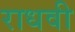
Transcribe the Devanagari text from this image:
राधवी